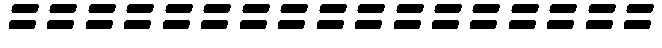
=================